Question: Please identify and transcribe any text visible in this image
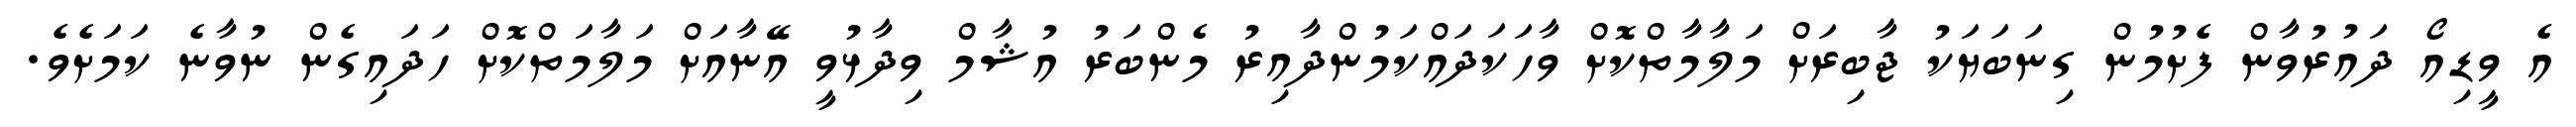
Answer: އެ ވީޑިއޯ ދައުރުވާން ފެށުމުން ގިނަބަޔަކު ޖާބިރަށް މަލާމާތްކޮށް ވާހަކަދައްކަމުންދާއިރު މެންބަރު އުޝާމް ވިދާޅުވީ އޭނާއަށް މަލާމަތްކޮށް ހަދައިގެން ނުވާނެ ކަމަށެވެ.